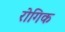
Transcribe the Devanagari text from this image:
रोगिक